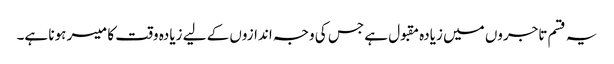
یہ قسم تاجروں میں زیادہ مقبول ہے جس کی وجہ اندازوں کے لیے زیادہ وقت کا میسر ہونا ہے۔